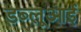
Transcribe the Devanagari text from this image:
डब्लूआई